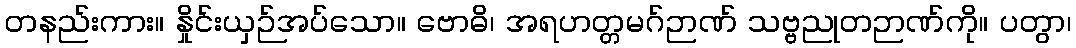
တနည်းကား။ နှိုင်းယှဉ်အပ်သော။ ဗောဓိ၊ အရဟတ္တမဂ်ဉာဏ် သဗ္ဗညုတဉာဏ်ကို။ ပတွာ၊